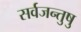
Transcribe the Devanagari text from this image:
सर्वजन्तुषु